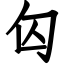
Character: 匃